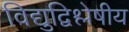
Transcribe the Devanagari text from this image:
विद्युद्विश्लेषीय